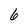
Character: 6